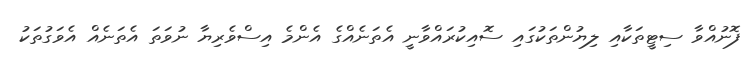
ފޮނުއްވާ ސިޓީތަކާއި ލިޔުންތަކުގައި ސޮއިކުރައްވާނީ އެތަނެއްގެ އެންމެ އިސްވެރިޔާ ނުވަތަ އެތަނެއް އެވަގުތަކު